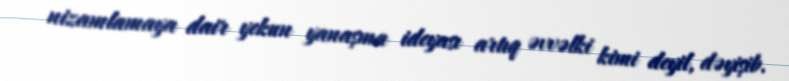
nizamlamaya dair yekun yanaşma ideyası artıq əvvəlki kimi deyil, dəyişib.